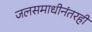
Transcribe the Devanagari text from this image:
जलसमाधीनंतरही